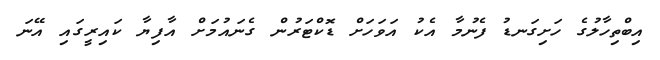
އިބްތިހާލުގެ ހަށިގަނޑު ފެނުމާ އެކު އަވަހަށް ޑޮކްޓަރުން ގެނައުމަށް އާފިޔާ ކައިރީގައި އޭނަ